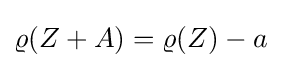
\varrho (Z+A)=\varrho (Z)-a